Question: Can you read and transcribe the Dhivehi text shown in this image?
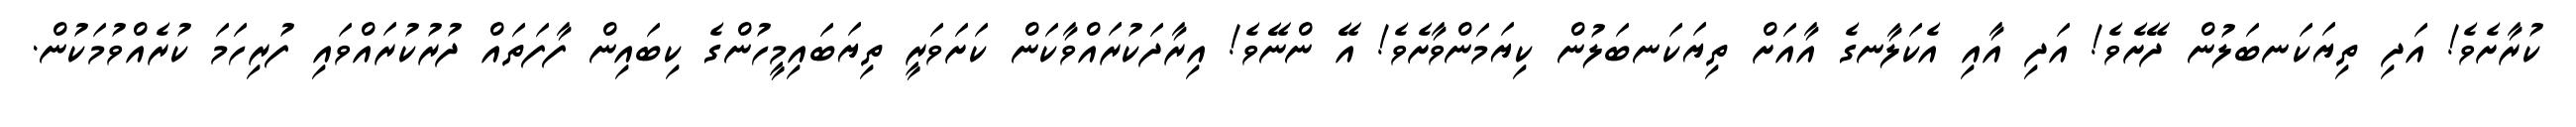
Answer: ކުރާށެވެ! އަދި ތިޔަކަނބަލުން ދޭށެވެ! އަދި އާއި އެކަލާނގެ އާއަށް ތިޔަކަނބަލުން ކިޔަމަންވާށެވެ! އޭ ންނޭވެ! އިރާދަކުރައްވާކަން ކަށަވަރީ ތިޔަބައިމީހުންގެ ކިބައިން ފާފަތައް ދުރުކުރައްވައި ފުރިހަމަ ކުރެއްވުމަކުން.